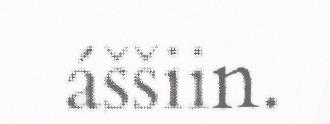
áššiin.